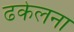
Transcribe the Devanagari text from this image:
ढकेलना